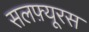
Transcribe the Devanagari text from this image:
सलफ़्यूरस